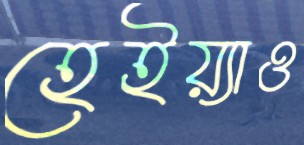
হেইয়্যাও